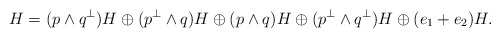
\begin{align*}H = (p\wedge q^{\perp}) H \oplus (p^{\perp} \wedge q) H \oplus (p\wedge q) H \oplus (p^{\perp} \wedge q^{\perp}) H \oplus (e_1+e_2)H.\end{align*}